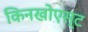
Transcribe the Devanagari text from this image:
किनखोएस्ट